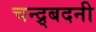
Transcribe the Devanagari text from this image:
चन्द्र्बदनी